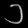
Digit: ၁